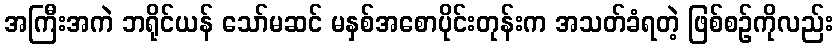
အကြီးအကဲ ဘရိုင်ယန် သော်မဆင် မနှစ်အစောပိုင်းတုန်းက အသတ်ခံရတဲ့ ဖြစ်စဉ်ကိုလည်း